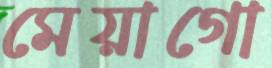
মেয়াগো